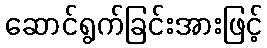
ဆောင်ရွက်ခြင်းအားဖြင့်